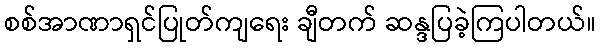
စစ်အာဏာရှင်ပြုတ်ကျရေး ချီတက် ဆန္ဒပြခဲ့ကြပါတယ်။